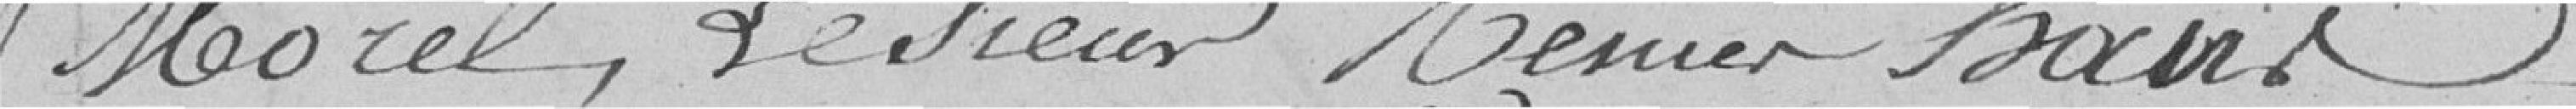
Morel, le sieur Tenier Bacri